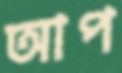
আপ